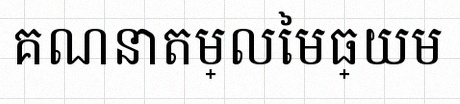
គណនាតម្លៃមធ្យម